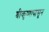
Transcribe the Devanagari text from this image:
श्रीकृष्णापासून